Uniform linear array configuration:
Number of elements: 48
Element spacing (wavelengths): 0.5
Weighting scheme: kaiser
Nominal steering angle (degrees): -30
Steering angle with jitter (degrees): -29.393
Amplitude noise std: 0.05
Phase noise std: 0.05

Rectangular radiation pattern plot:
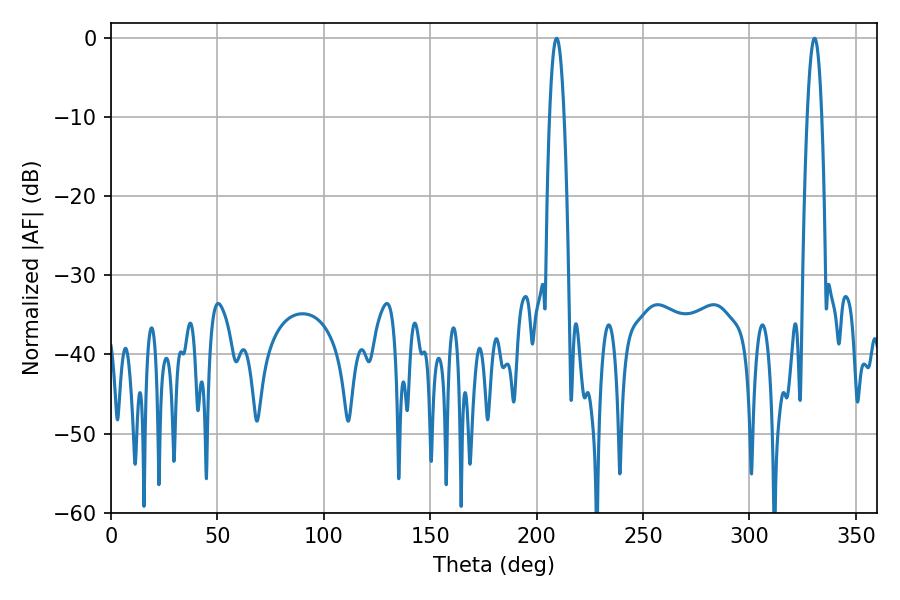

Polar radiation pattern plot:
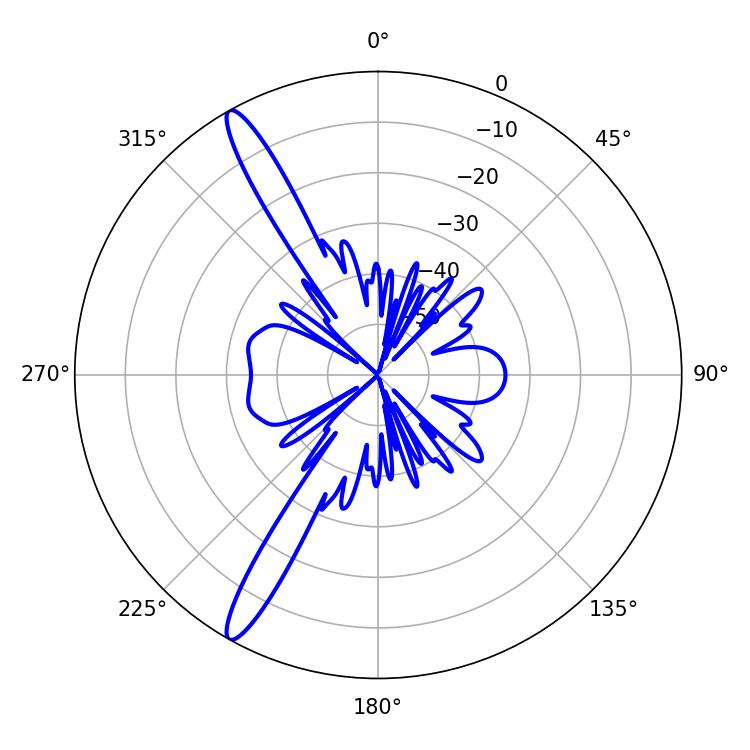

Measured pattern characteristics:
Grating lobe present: FALSE
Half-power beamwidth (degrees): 3.78
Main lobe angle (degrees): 209.34